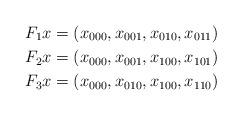
LaTeX: \begin{align*}F_1x &= (x_{000},x_{001},x_{010},x_{011}) \\F_2x &= (x_{000},x_{001},x_{100},x_{101}) \\F_3x &= (x_{000},x_{010},x_{100},x_{110})\end{align*}